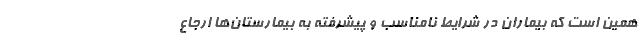
همین است که بیماران در شرایط نامناسب و پیشرفته به بیمارستان‌ها ارجاع